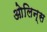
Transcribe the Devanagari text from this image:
ओलिन्स